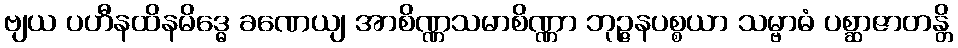
ဗျယ ပဟီနထိနမိဒ္ဓေ ခဏေယျ အာစိဏ္ဏသမာစိဏ္ဏာ ဘုဉ္ဇနပစ္စယာ သမ္ဗာဓံ ပစ္ဆာဇာတန္တိ